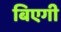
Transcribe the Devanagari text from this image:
बिएगी